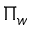
\Pi _ { w }